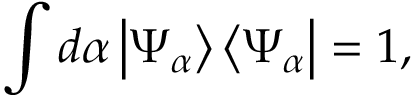
\int d \alpha \left| \Psi _ { \alpha } \right\rangle \left\langle \Psi _ { \alpha } \right| = 1 ,